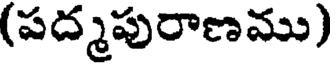
(పద్మపురాణము)